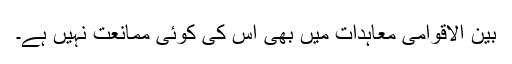
بین الاقوامی معاہدات میں بھی اس کی کوئی ممانعت نہیں ہے۔